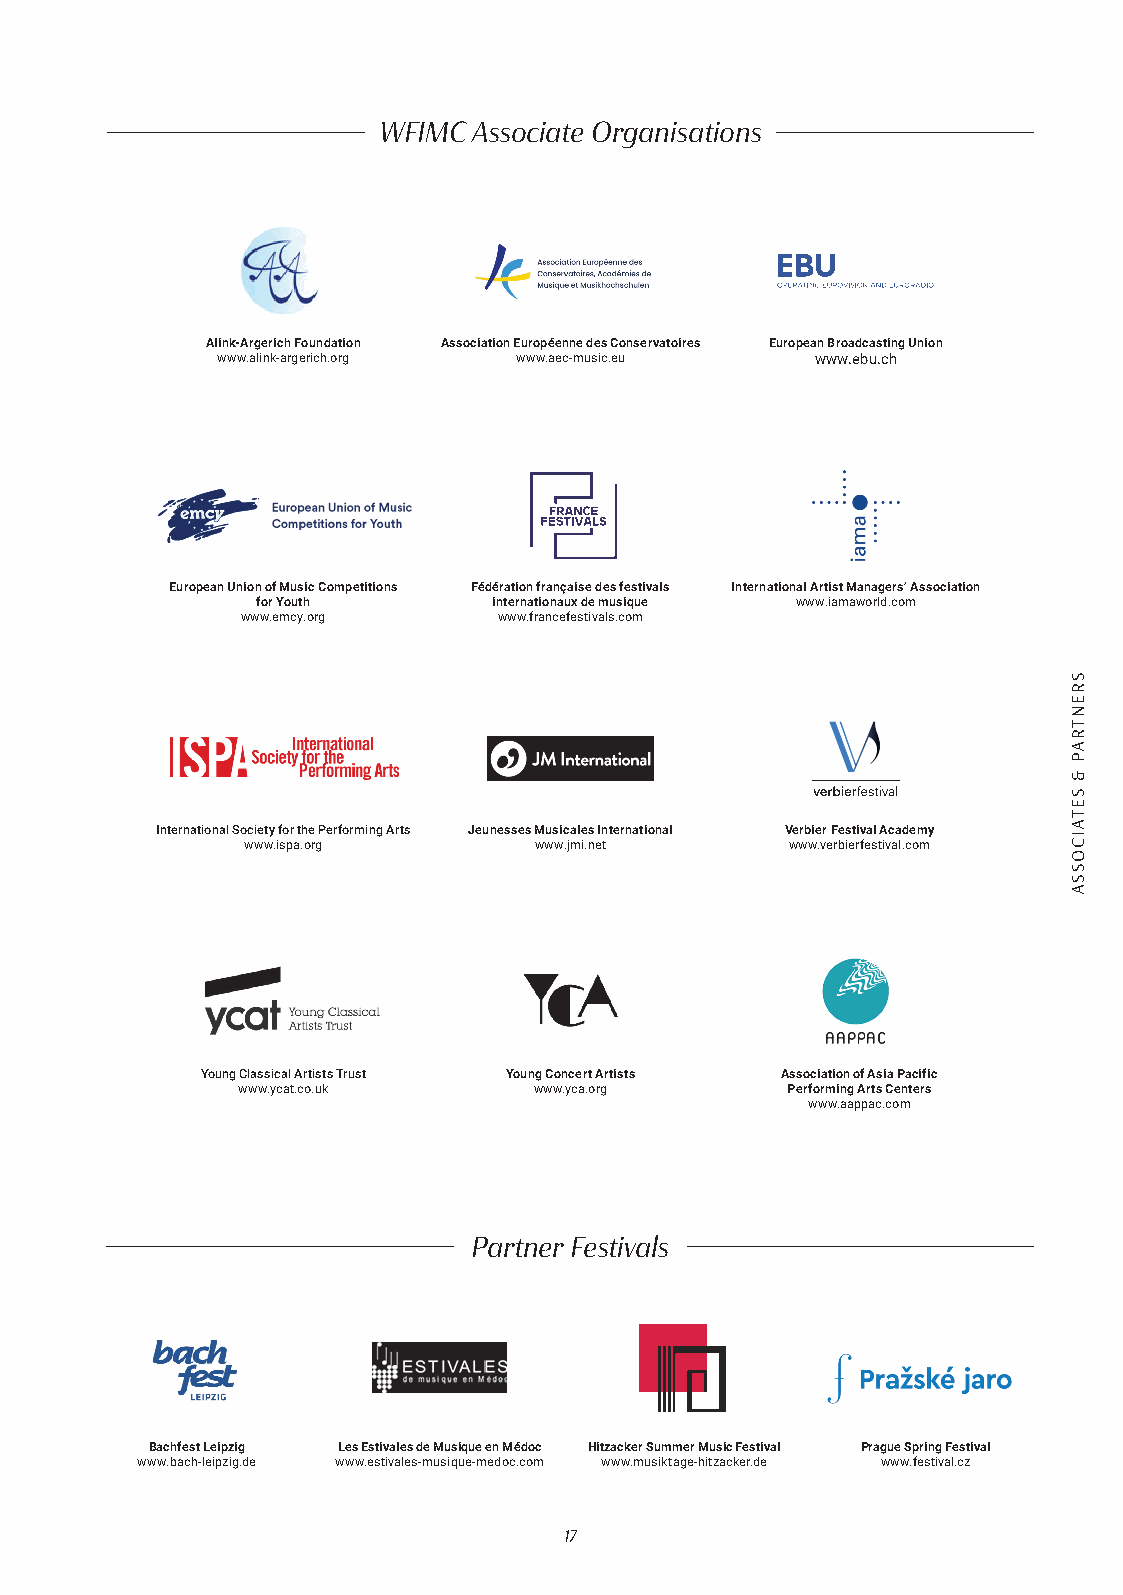
WFIMC Associate Organisations
 Alink-Argerich Foundation Association Européenne des Conservatoires European Broadcasting Union
 www.alink-argerich.org www.aec-music.eu www.ebu.ch
 European Union of Music Competitions Fédération française des festivals International Artist Managers’ Association
 for Youth       internationaux de musique www.iamaworld.com
 www.emcy.org     www.francefestivals.com
 International Society for the Performing Arts Jeunesses Musicales International Verbier Festival Academy
 www.ispa.org       www.jmi.net      www.verbierfestival.com
 Young Classical Artists Trust Young Concert Artists Association of Asia Pacific
 www.ycat.co.uk     www.yca.org      Performing Arts Centers
 www.aappac.com
 Partner Festivals
 Bachfest Leipzig Les Estivales de Musique en Médoc Hitzacker Summer Music Festival Prague Spring Festival
 www.bach-leipzig.de www.estivales-musique-medoc.com www.musiktage-hitzacker.de www.festival.cz
 17
 SRENTRAP
 &
 SETAICOSSA